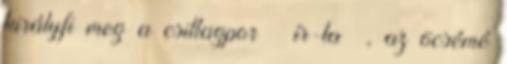
királyfi meg a csillagpor – ír-ta –, az öcsémé